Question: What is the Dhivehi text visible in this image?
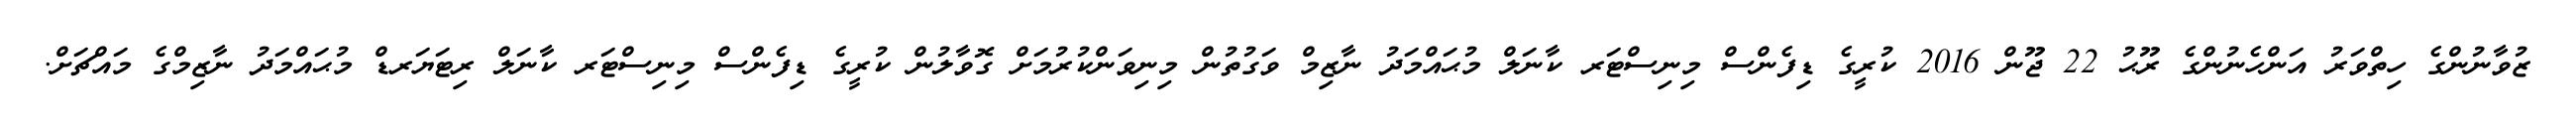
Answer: ޒުވާނުންގެ ހިތްވަރު އަންހެނުންގެ ރޫޙު 22 ޖޫން 2016 ކުރީގެ ޑިފެންސް މިނިސްޓަރ ކާނަލް މުޙައްމަދު ނާޒިމް ވަގުތުން މިނިވަންކުރުމަށް ގޮވާލުން ކުރީގެ ޑިފެންސް މިނިސްޓަރ ކާނަލް ރިޓަޔަރޑް މުޙައްމަދު ނާޒިމްގެ މައްޗަށް.